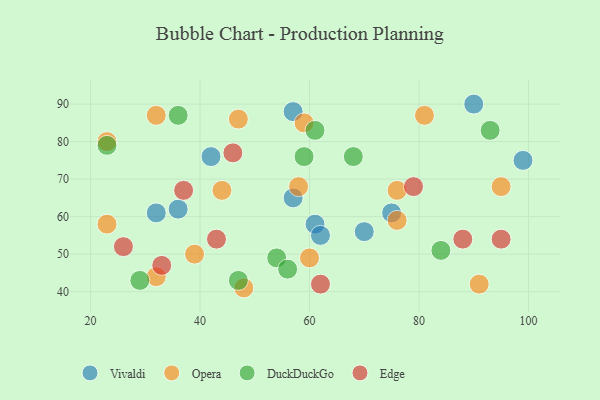
{"axis": {"x": "GDP", "y": "Life Expectancy"}, "legend": ["DuckDuckGo", "Edge", "Opera", "Vivaldi"], "data": [{"x": "42", "y": 76, "type": "Vivaldi"}, {"x": "57", "y": 88, "type": "Vivaldi"}, {"x": "57", "y": 65, "type": "Vivaldi"}, {"x": "70", "y": 56, "type": "Vivaldi"}, {"x": "75", "y": 61, "type": "Vivaldi"}, {"x": "32", "y": 61, "type": "Vivaldi"}, {"x": "90", "y": 90, "type": "Vivaldi"}, {"x": "99", "y": 75, "type": "Vivaldi"}, {"x": "61", "y": 58, "type": "Vivaldi"}, {"x": "62", "y": 55, "type": "Vivaldi"}, {"x": "36", "y": 62, "type": "Vivaldi"}, {"x": "48", "y": 41, "type": "Opera"}, {"x": "39", "y": 50, "type": "Opera"}, {"x": "23", "y": 58, "type": "Opera"}, {"x": "47", "y": 86, "type": "Opera"}, {"x": "32", "y": 87, "type": "Opera"}, {"x": "44", "y": 67, "type": "Opera"}, {"x": "59", "y": 85, "type": "Opera"}, {"x": "76", "y": 67, "type": "Opera"}, {"x": "91", "y": 42, "type": "Opera"}, {"x": "81", "y": 87, "type": "Opera"}, {"x": "32", "y": 44, "type": "Opera"}, {"x": "76", "y": 59, "type": "Opera"}, {"x": "60", "y": 49, "type": "Opera"}, {"x": "23", "y": 80, "type": "Opera"}, {"x": "58", "y": 68, "type": "Opera"}, {"x": "95", "y": 68, "type": "Opera"}, {"x": "54", "y": 49, "type": "DuckDuckGo"}, {"x": "56", "y": 46, "type": "DuckDuckGo"}, {"x": "68", "y": 76, "type": "DuckDuckGo"}, {"x": "47", "y": 43, "type": "DuckDuckGo"}, {"x": "23", "y": 79, "type": "DuckDuckGo"}, {"x": "59", "y": 76, "type": "DuckDuckGo"}, {"x": "29", "y": 43, "type": "DuckDuckGo"}, {"x": "84", "y": 51, "type": "DuckDuckGo"}, {"x": "36", "y": 87, "type": "DuckDuckGo"}, {"x": "61", "y": 83, "type": "DuckDuckGo"}, {"x": "93", "y": 83, "type": "DuckDuckGo"}, {"x": "88", "y": 54, "type": "Edge"}, {"x": "95", "y": 54, "type": "Edge"}, {"x": "46", "y": 77, "type": "Edge"}, {"x": "62", "y": 42, "type": "Edge"}, {"x": "37", "y": 67, "type": "Edge"}, {"x": "33", "y": 47, "type": "Edge"}, {"x": "26", "y": 52, "type": "Edge"}, {"x": "79", "y": 68, "type": "Edge"}, {"x": "43", "y": 54, "type": "Edge"}]}